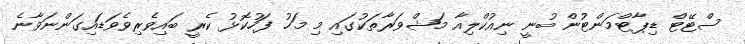
ސްޓޭޓް ޑިޕާޓްމަންޓުން ބުނީ ނިއުކްލިއާ މަޝްވަރާތަކުގައި މި މަހު ފަހުކޮޅު ކެރީ ބައިވެރިވެވަޑައިގަންނަވާނެ